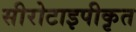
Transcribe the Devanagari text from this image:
सीरोटाइपीकृत